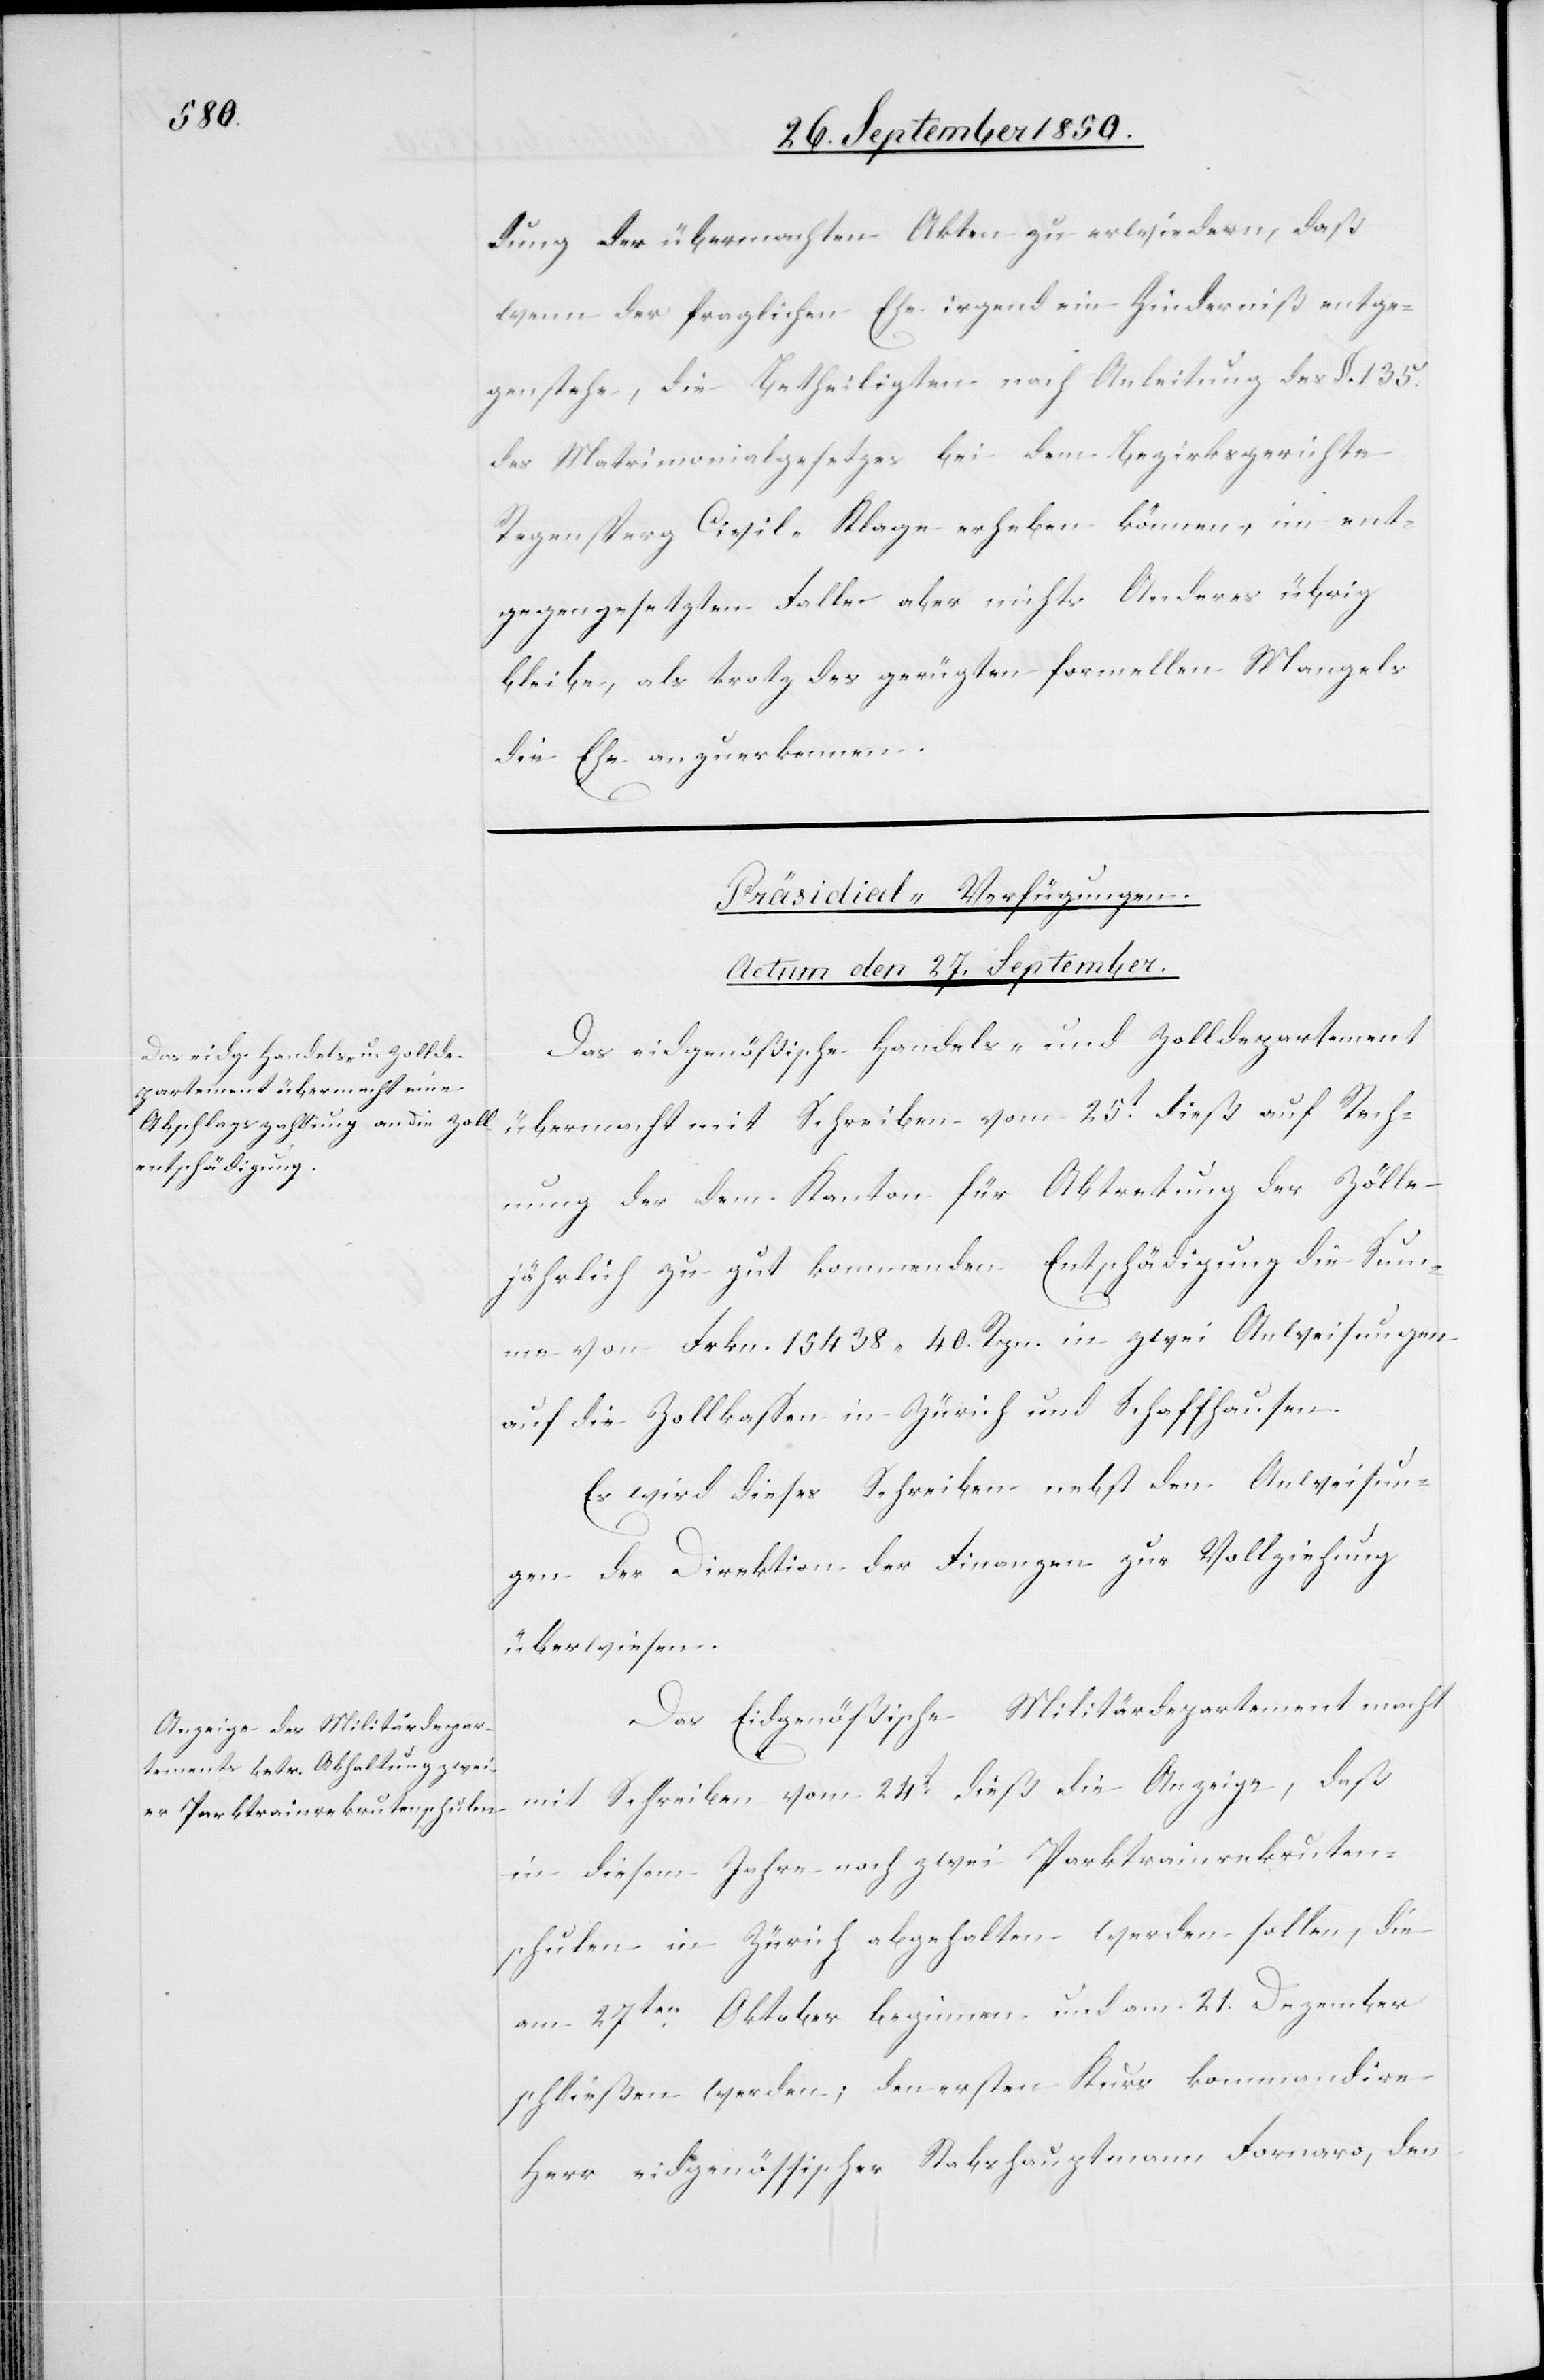
dung der übermachten Akten zu erwiedern, daß
wenn der fraglichen Ehe irgend ein Hinderniß entge¬
genstehe, die Betheiligten nach Anleitung des §. 135.
des Matrimonialgesetzes bei dem Bezirksgerichte
Regensperg Civil-Klage erheben können, im ent¬
gegengesetzten Falle aber nichts Anderes übrig
bleibe, als trotz des gerügten formellen Mangels
die Ehe anzuerkennen.
[Präsidial-Verfügungen.
Actum den 27. September.]
Das eidgenößische Handels- und Zolldepartement
übermacht mit Schreiben vom 25t dieß auf Rech¬
nung der dem Kanton für Abtretung der Zölle
jährlich zu gut kommenden Entschädigung die Sum¬
me von Frkn. 15 438 40. Rpn. in zwei Anweisungen
auf die Zollkassen in Zürich und Schaffhausen.
Es wird dieses Schreiben nebst den Anweisun¬
gen der Direktion der Finanzen zur Vollziehung
überwiesen.
Das Eidgenößsiche Militärdepartement macht
mit Schreiben vom 24t dieß die Anzeige, daß
in diesem Jahre noch zwei Parktrainrekruten¬
schulen in Zürich abgehalten werden sollen, die
am 27ten Oktober beginnen und am 21. Dezember
schließen werden; den ersten Kurs kommandire
Herr eidgenössischer Stabshauptmann Fornaro, den